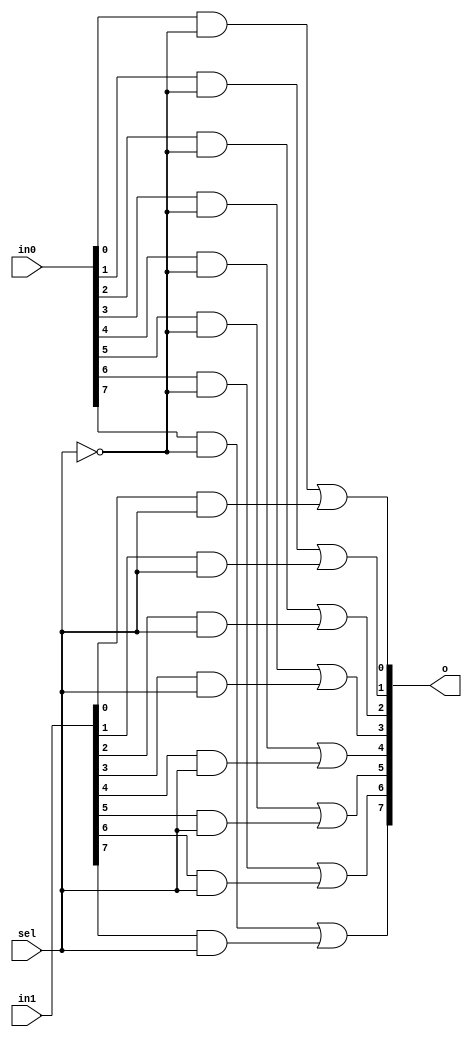
`timescale 1ns / 1ps
//////////////////////////////////////////////////////////////////////////////////
// Company: 
// Engineer: 
// 
// Design Name: 
// Module Name: m2_1x8
// Project Name: 
// Target Devices: 
// Tool Versions: 
// Description: 
// 
// Dependencies: 
// 
// Revision:
// Revision 0.01 - File Created
// Additional Comments:
// 
//////////////////////////////////////////////////////////////////////////////////


module m2_1x8(
    input [7:0] in0,
    input [7:0] in1,
    input sel,
    output [7:0] o
    );
    
    assign o[0] = (in0[0]&~sel) | (in1[0]&sel);
    assign o[1] = (in0[1]&~sel) | (in1[1]&sel);
    assign o[2] = (in0[2]&~sel) | (in1[2]&sel);
    assign o[3] = (in0[3]&~sel) | (in1[3]&sel);
    assign o[4] = (in0[4]&~sel) | (in1[4]&sel);
    assign o[5] = (in0[5]&~sel) | (in1[5]&sel);
    assign o[6] = (in0[6]&~sel) | (in1[6]&sel);
    assign o[7] = (in0[7]&~sel) | (in1[7]&sel);
    
endmodule